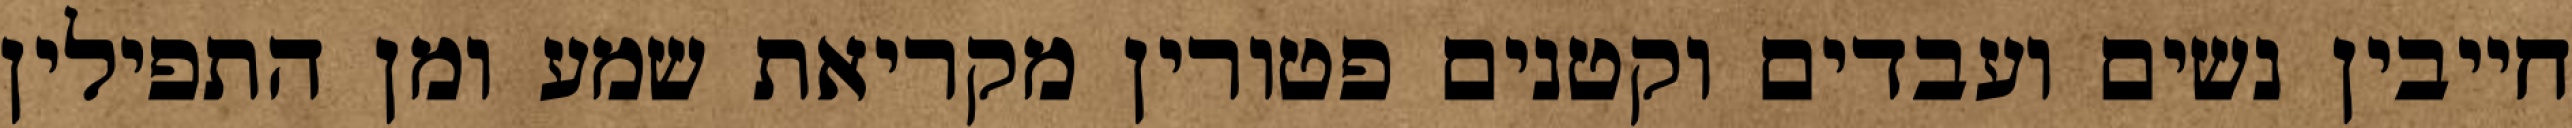
חייבין נשים ועבדים וקטנים פטורין מקריאת שמע ומן התפילין